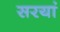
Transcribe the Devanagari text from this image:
सरयां